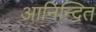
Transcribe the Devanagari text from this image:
आनिन्दित